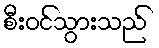
စီးဝင်သွားသည်